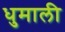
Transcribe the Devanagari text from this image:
धुमाली